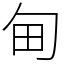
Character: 甸